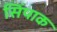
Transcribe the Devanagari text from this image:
सिंपाक